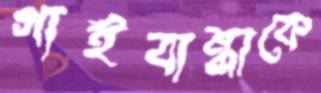
গাইবান্ধাকে